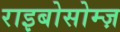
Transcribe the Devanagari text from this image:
राइबोसोम्ज़